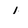
Character: 1